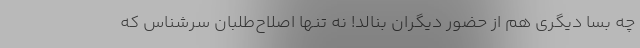
چه بسا دیگری هم از حضور دیگران بنالد! نه تنها اصلاح‌طلبان سرشناس که